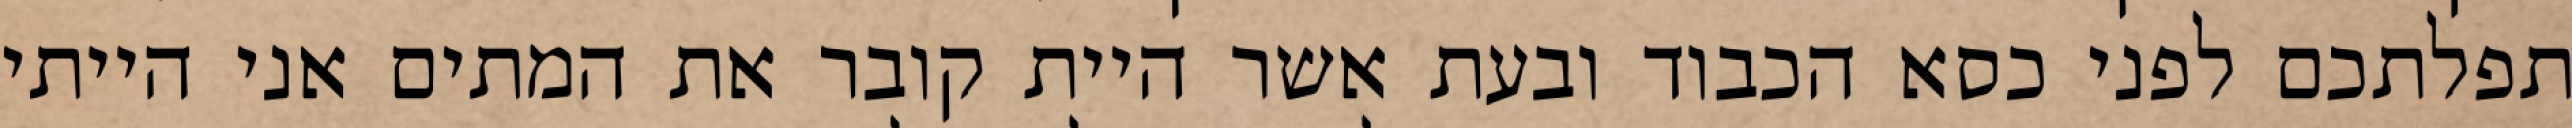
תפלתכם לפני כסא הכבוד ובעת אשר היית קובר את המתים אני הייתי